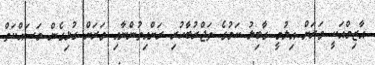
އާޒިމްއަކީ ވަރަށް އިލުމީ ގާބިލު ކަމުގެ ތަޖްރުބާހުރި ރަށްއިތުންނާއި ވަރަށް ގުޅިގެން މަސައްކަތް